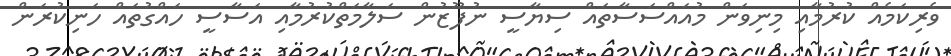
ވެރިކަމެއް ކުރުމާއި މިނިވަން މުއައްސަސާތައް ސިޔާސީ ނުފޫޒުން ސަލާމަތްކުރުމާއި އަސާސީ ހައްގުތައް ހަނިކުރަން